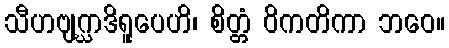
သီဟဗျဂ္ဃာဒိရူပေဟိ၊ စိတ္တံ ဝိကတိကာ ဘဝေ။